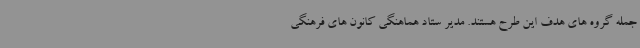
جمله گروه های هدف این طرح هستند. مدیر ستاد هماهنگی کانون های فرهنگی